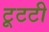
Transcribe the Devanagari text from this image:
टूटटी